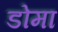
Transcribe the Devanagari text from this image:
डोमा